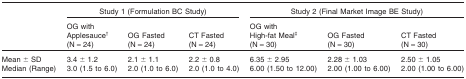
<table><thead><tr><td></td><td colspan="3"><b>Study 1 (Formulation BC Study)</b></td><td colspan="3"><b>Study 2 (Final Market Image BE Study)</b></td></tr><tr><td></td><td><b>OG with Applesauce†(N = 24)</b></td><td><b>OG Fasted (N = 24)</b></td><td><b>CT Fasted (N = 24)</b></td><td><b>OG with High-fat Meal‡(N = 30)</b></td><td><b>OG Fasted (N = 30)</b></td><td><b>CT Fasted (N = 30)</b></td></tr></thead><tbody><tr><td>Mean ± SD</td><td>3.4 ± 1.2</td><td>2.1 ± 1.1</td><td>2.2 ± 0.8</td><td>6.35 ± 2.95</td><td>2.28 ± 1.03</td><td>2.50 ± 1.05</td></tr><tr><td>Median (Range)</td><td>3.0 (1.5 to 6.0)</td><td>2.0 (1.0 to 6.0)</td><td>2.0 (1.0 to 4.0)</td><td>6.00 (1.50 to 12.00)</td><td>2.00 (1.00 to 6.00)</td><td>2.00 (1.00 to 6.00)</td></tr></tbody></table>